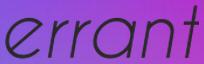
errant